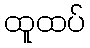
ထူထပ်